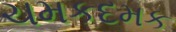
ચમકદમક